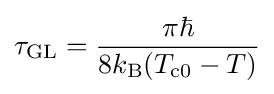
\tau _{\mathrm {GL} }={\frac {\pi \hbar }{8k_{\mathrm {B} }(T_{\mathrm {c} 0}-T)}}